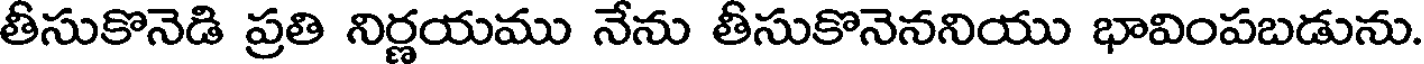
తీసుకొనెడి ప్రతి నిర్ణయము నేను తీసుకొనెననియు భావింపబడును